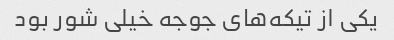
یکی از تیکه‌های جوجه خیلی شور بود